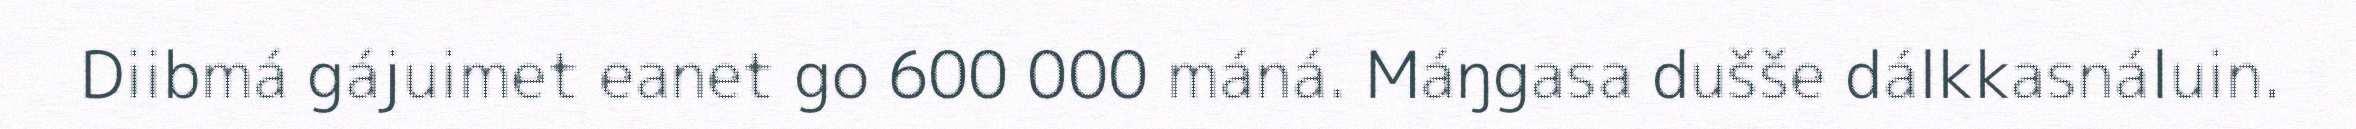
Diibmá gájuimet eanet go 600 000 máná. Máŋgasa dušše dálkkasnáluin.